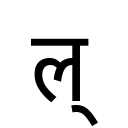
OCR:
ल्